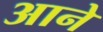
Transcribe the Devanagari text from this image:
अाने